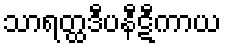
သာရတ္ထဒီပနီဋီကာယ